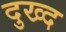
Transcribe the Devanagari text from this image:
दुख्द